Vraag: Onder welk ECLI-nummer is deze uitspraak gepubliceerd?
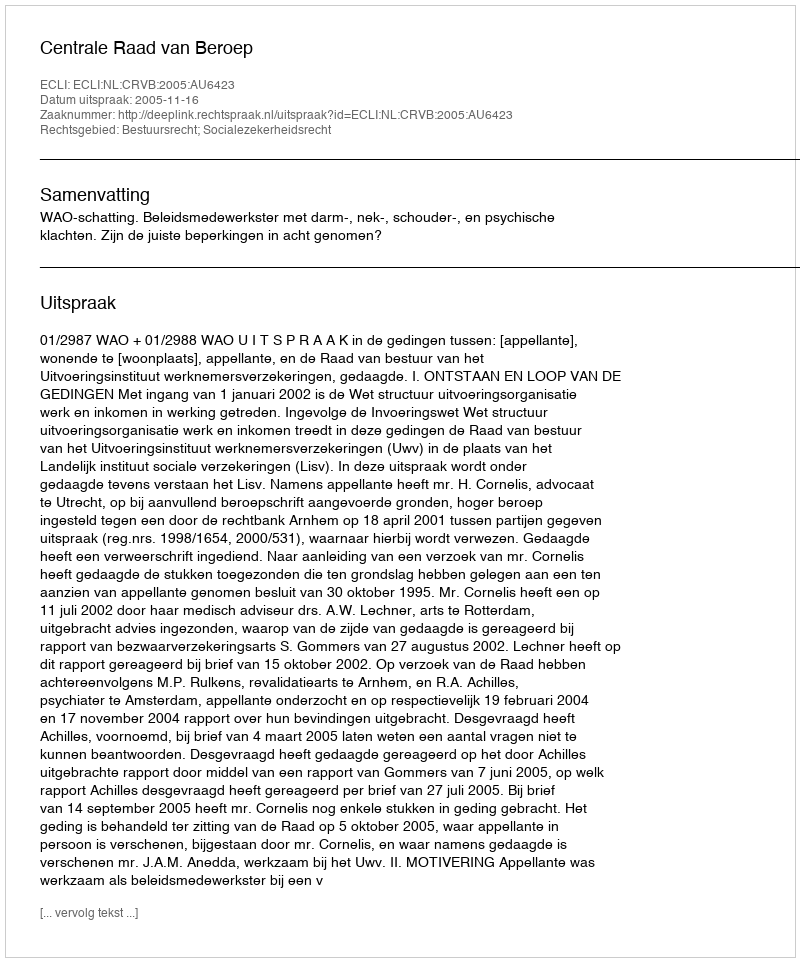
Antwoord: ECLI:NL:CRVB:2005:AU6423